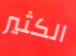
الكثير